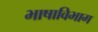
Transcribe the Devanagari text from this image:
भाषाविभाग